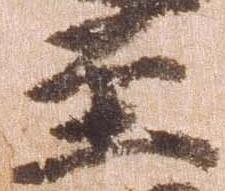
至